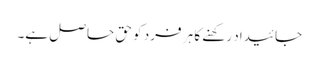
جائیداد رکھنے کا ہر فرد کو حق حاصل ہے۔